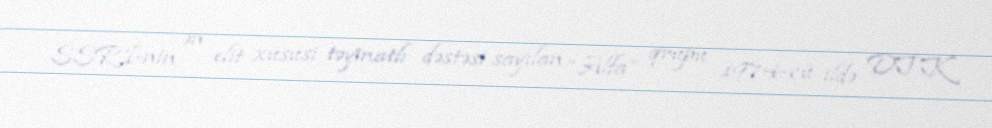
SSRİ-nin ən elit xüsusi təyinatlı dəstəsi sayılan “Alfa” qrupu 1974-cü ildə DTK